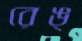
রেঙ্